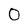
Character: 0